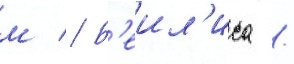
м // Б'еил'иса /